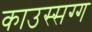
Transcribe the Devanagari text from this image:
काउस्सग्ग